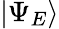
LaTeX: |\Psi_{E}\rangle